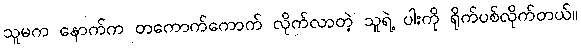
သူမက နောက်က တကောက်ကောက် လိုက်လာတဲ့ သူရဲ့ ပါးကို ရိုက်ပစ်လိုက်တယ်။